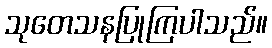
သုတေသနပြုကြပါသည်။